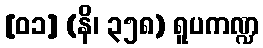
[၀၁] (နိ၊ ၃၅၈) ရူပကဏ္ဍ